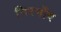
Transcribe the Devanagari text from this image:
गिरगाँव